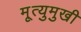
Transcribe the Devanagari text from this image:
मृ्त्युमुखी